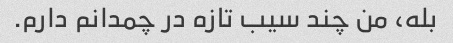
بله، من چند سیب تازه در چمدانم دارم.